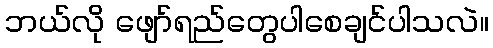
ဘယ်လို ဖျော်ရည်တွေပါစေချင်ပါသလဲ။